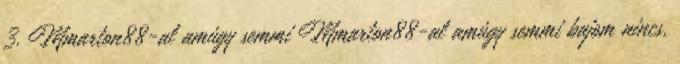
3. Mmarton88-al amúgy semmi Mmarton88-al amúgy semmi bajom nincs,